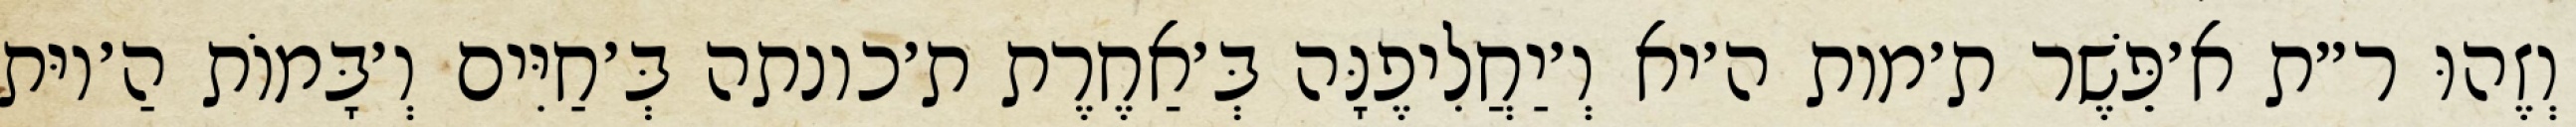
וְזֶהוּ ר״ת א׳פֵּשֶׁר ת׳מות ה׳יא וְ׳יַחֲלִיפֶנָּה בְּ׳אַחֶרֶת ת׳כונתה בְּ׳חַיִּים וְ׳בָּמוֹת הַ׳יוּת